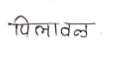
मजकूर: पिलावळ